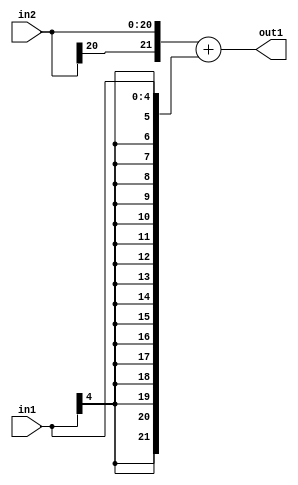
`timescale 1ps / 1ps
/*****************************************************************************
    Verilog RTL Description
    
    
    Created by: Stratus DpOpt 2019.1.01 
*******************************************************************************/

module cache_Add_21Sx5S_22S_4_0 (
	in2,
	in1,
	out1
	); /* architecture "behavioural" */ 
input [20:0] in2;
input [4:0] in1;
output [21:0] out1;
wire [21:0] asc001;

assign asc001 = 
	+({in2[20], in2})
	+({{17{in1[4]}}, in1});

assign out1 = asc001;
endmodule

/* CADENCE  ubP2TwA= : u9/ySgnWtBlWxVPRXgAZ4Og= ** DO NOT EDIT THIS LINE ******/